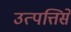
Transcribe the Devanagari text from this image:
उत्पत्तिसे